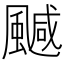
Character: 𲋆